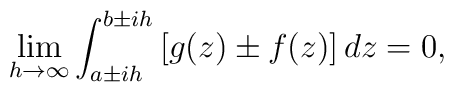
\lim_{h\to \infty}\int_{a\pm ih}^{b\pm ih}{\left [ g(z)\pm f(z)\right ]dz}=0,